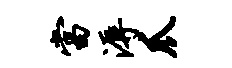
当溽爪